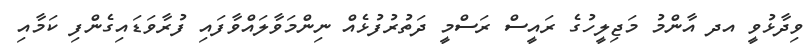
ވިދާޅުވީ އދ އާންމު މަޖިލީހުގެ ރައީސް ރަސްމީ ދަތުރުފުޅެއް ނިންމަވާލައްވާފައި ފުރާވަޑައިގެންފި ކަމާއި